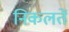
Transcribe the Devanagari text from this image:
निकलतें